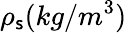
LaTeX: \rho_{\mathsf{s}}(kg/m^{3})